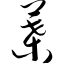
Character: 叶